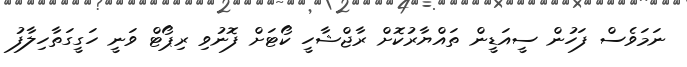
ނަމަވެސް ފަހުން ސީއަޑީން ތައްޔާރުކޮށް ރާޖްޝާހީ ކޯޓަށް ފޮނުވި ރިޕޯޓް ވަނީ ހަގީގަތާހިލާފު